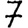
Digit: 7